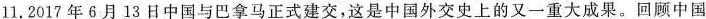
1.2017年6月13日中国与巴拿马正式建交，这是中国外交史上的又一重大成果。回顾中国